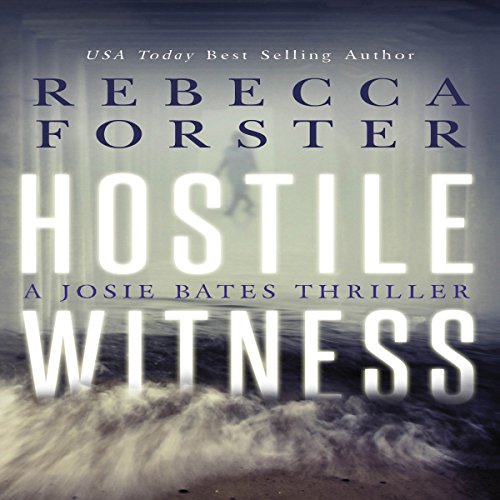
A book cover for Hostile Witness: The Witness Series, Book 1; Rebecca Forster; Mystery, Thriller & Suspense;